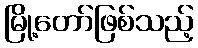
မြို့တော်ဖြစ်သည့်